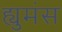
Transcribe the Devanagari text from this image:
ह्युमंस